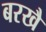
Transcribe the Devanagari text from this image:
बरखै